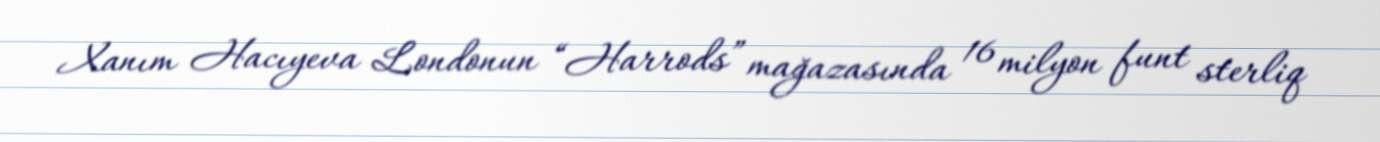
Xanım Hacıyeva Londonun “Harrods” mağazasında 16 milyon funt sterliq